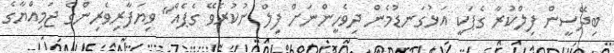
ބިދޭސީން ފިލްކުރާ ގެޕަކީ އަޅުގަނޑުމެން ދިވެހީންނަށް ފިލް ނުކުރެވޭ ގެޕެއް" ވިޔަފާރިވެރިންގެ ޖަމިއްޔާގެ